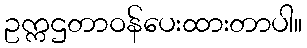
ဥက္ကဌတာဝန်ပေးထားတာပါ။